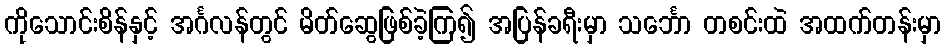
ကိုသောင်းစိန်နှင့် အင်္ဂလန်တွင် မိတ်ဆွေဖြစ်ခဲ့ကြ၍ အပြန်ခရီးမှာ သင်္ဘော တစင်းထဲ အထက်တန်းမှာ